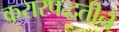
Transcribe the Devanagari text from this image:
करारपद्धतीने